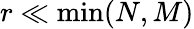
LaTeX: r\ll\operatorname*{min}(N,M)